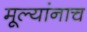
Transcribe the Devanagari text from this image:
मूल्यांनाच